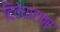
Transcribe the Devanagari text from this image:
दिवेघाटावर